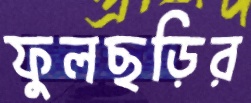
ফুলছড়ির